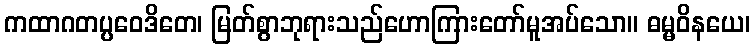
ကထာဂတပ္ပဝေဒိတေ၊ မြတ်စွာဘုရားသည်ဟောကြားတော်မူအပ်သော။ ဓမ္မဝိနယေ၊